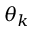
\theta _ { k }